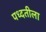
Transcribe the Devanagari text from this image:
पध्दतीला